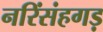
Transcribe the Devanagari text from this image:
नरिंसंहगड़